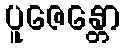
ပူဇေန္တော